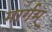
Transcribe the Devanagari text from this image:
मार्गम्